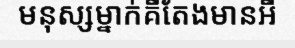
មនុស្សម្នាក់គឺតែងមានអី